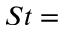
S t =